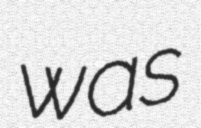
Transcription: was